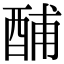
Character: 酺